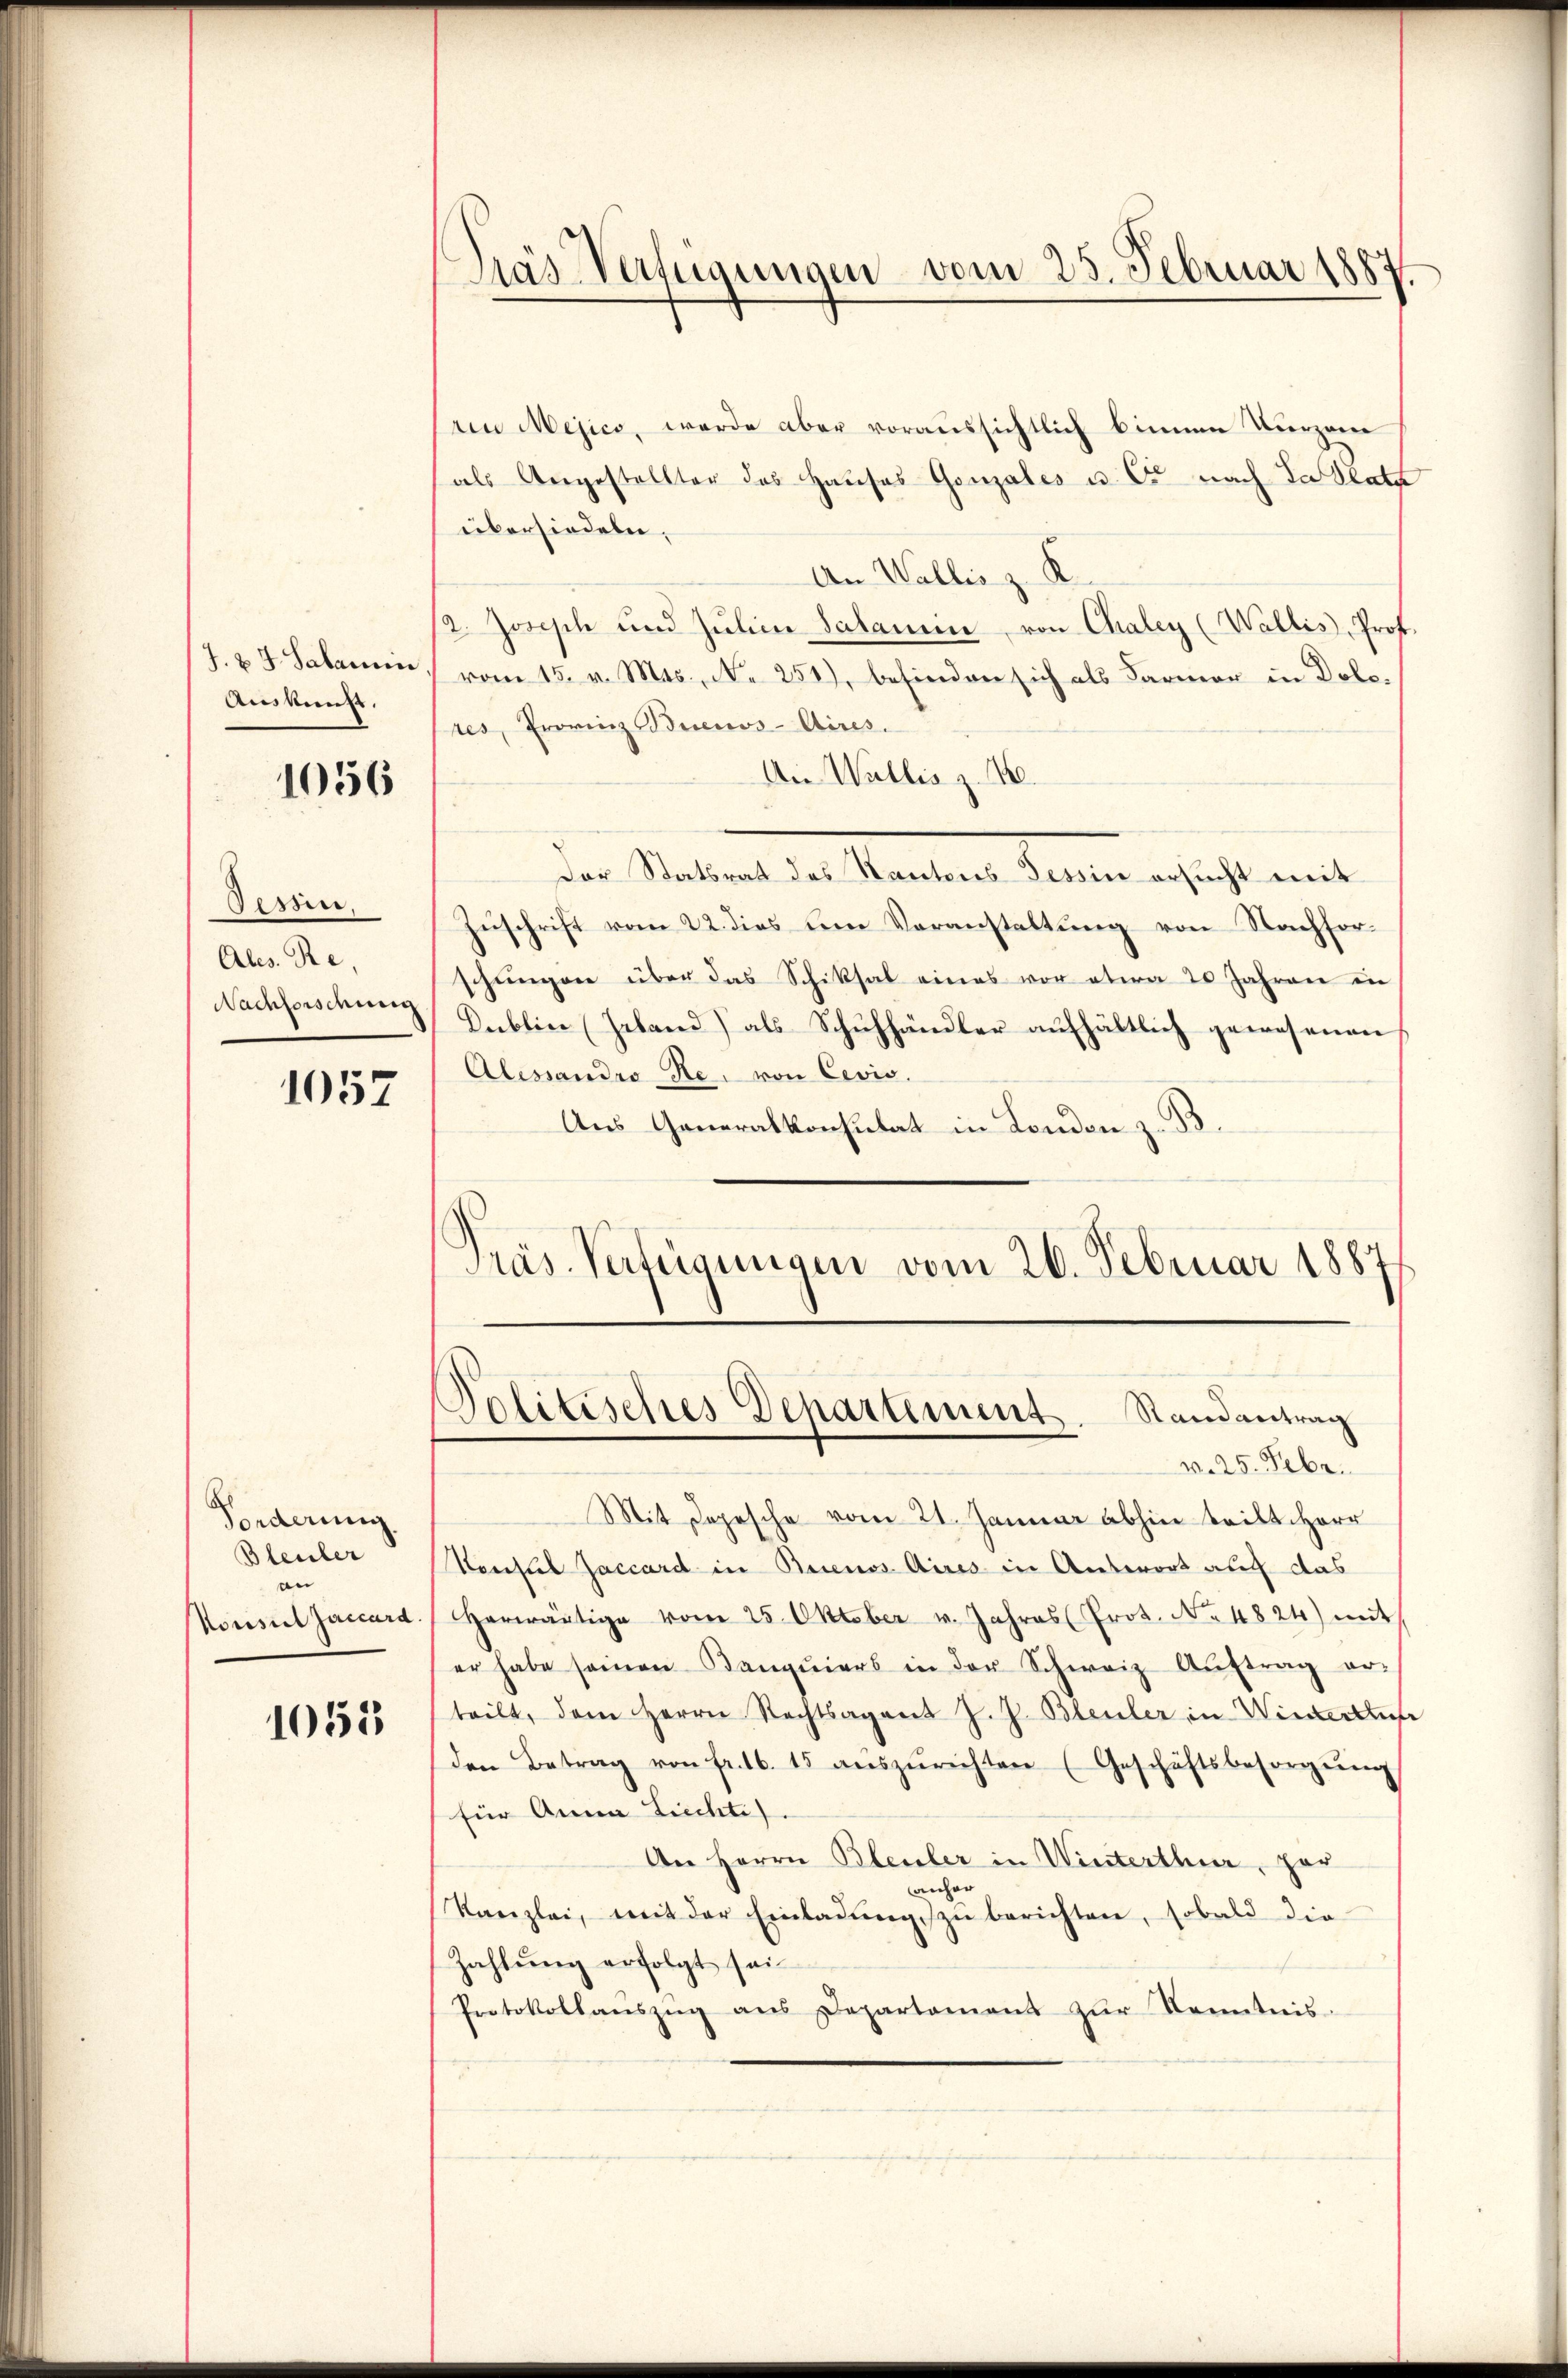
J. & J. Salamin
Auskunft.

1056

Tessin.
Abs. Re
Nachforschung

1057

Forderung
Bleuler
an
Konsul Jaccard.

1055

Pras Verfügungen vom 25. Februar 1887

vin Mejico, werde aber voraussichtlich binnen Vierzen
als Angestellter das Hauses Gonzales u. C. nach da Plata
übersiedeln,
An Wallis z. K.
a. Joseph und Jŭlica Salamme von Chaley (Wallis, Prof.
vom 15. v. Mts., Nr. 251), befinden sich als Farmer in Dolores, Provinz Buenos-Aires.
An Wallis z. B.
Der Statsrat des Kantons Tessin ersucht mit
Zuschrift vom 22. dies eine Veranstaltung von Nachforschungen über das Schiksal eines vor etwa 20 Jahren in
Dublin (Geband) als Schuhhändler aufhältlich gewesenen
Alessandio Re. von Cevis.
Aus Generalkonsulat in London z. B.
Präs. Verfügungen vom 26. Februar 1887
Politischtes Departement. Randantrag
v. 25. Febr.
Mit Depesche vom 21. Januar abhin teilt. Herr
Konsul Jaccard in Buenos Aires in Antwort auch das
Herwärtige vom 25. Oktober v. Jahres Prot. No. 4824) mit
er habe seinen Kanquiers in der Schweiz Aŭftrag erteilt, dem Herrn Rechtsagent J. J. Bleuler in Winterthufe
den Betrag von fr. 16. 15 aŭszŭrichten (Geschäftsbesorgŭng
für Anna Liechte.
An Herrn Bleuler in Winterthur, par
anhar
Kanzlei, mit der Einladŭng zŭ berichten, sobald die
Zahlŭng erfolgt sei
Protokollaŭszŭg ans Departament zŭr Kenntnis